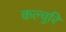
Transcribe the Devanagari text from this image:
कल्चुरि